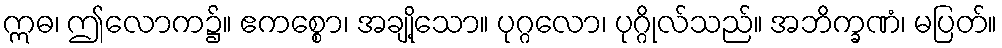
ဣဓ၊ ဤလောက၌။ ဧကစ္စော၊ အချို့သော။ ပုဂ္ဂလော၊ ပုဂ္ဂိုလ်သည်။ အဘိက္ခဏံ၊ မပြတ်။